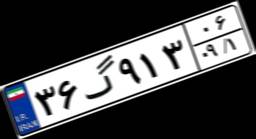
۳۶گ۹۱۳۰۶